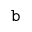
\mathtt { b }